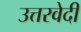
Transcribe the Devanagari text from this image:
उत्तरवेदी